Annual report on the mental hospital in the Central Provinces and Berar (Nagpur) - 1927-1951
Year: 1927
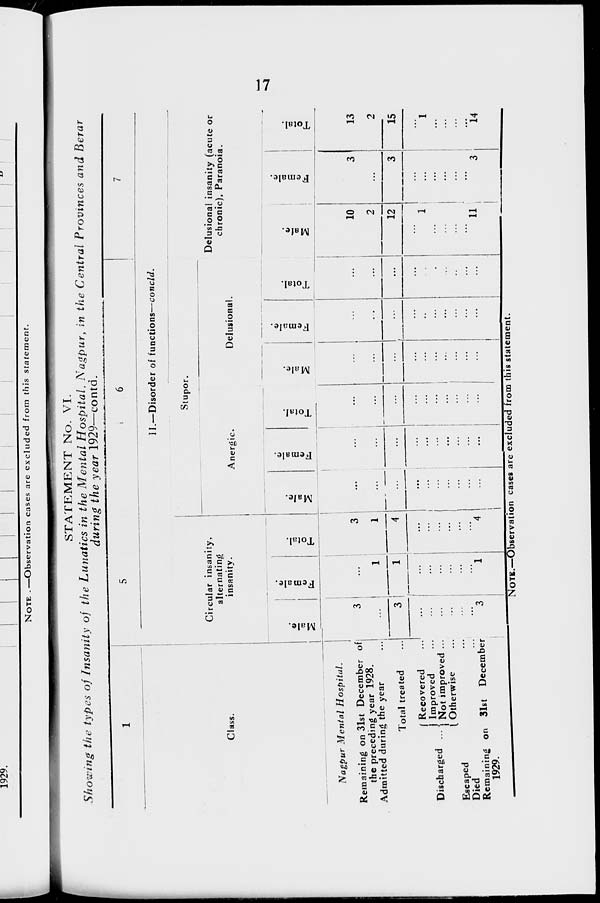
17
STATEMENT No. VI.
Showing the types of Insanity of the Lunatics in the Mental Hospital, Nagpur, in the Central Provinces and Berar
during the year 1929—contd.
1
Class.
Nagpur Mental
Hospital.
Remaining on 31st December of
the preceding year 1928.
Admitted during the year ...
Total treated ...
Discharged ...
Recovered ...
Improved ...
Not improved ...
Otherwise ...
Escaped ...
Died ...
Remaining on 31st December
1929.
5
6
7
II.—Disorder of functions—concld.
Circular insanity,
alternating
insanity.
Male.
3
...
3
...
...
...
...
...
...
3
Female.
...
1
1
...
...
...
...
...
...
1
Total.
3
1
4
...
...
...
...
...
...
4
Stupor.
Anergic.
Male.
...
...
...
...
...
...
...
...
...
...
Female.
...
...
...
...
...
...
...
...
...
...
Total.
...
...
...
...
...
...
...
...
...
...
Delusional.
Male.
...
...
...
...
...
...
...
...
...
...
Female.
...
...
...
...
...
...
...
...
...
...
Total.
...
...
...
...
...
...
...
...
...
...
Delusional insanity (acute or
chronic), Paranoia.
Male.
10
2
12
...
1
...
...
...
...
11
Female.
3
...
3
...
...
...
...
...
...
3
Total.
13
2
15
...
1
...
...
...
...
14
NOTE.—Observation cases are excluded from this statement.